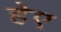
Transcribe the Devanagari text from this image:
हेए